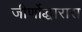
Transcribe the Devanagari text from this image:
जीर्णोद्धारास